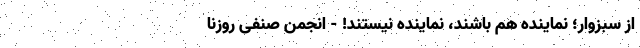
از سبزوار؛ نَماینده هم باشند، نُماینده نیستند! - انجمن صنفی روزنا